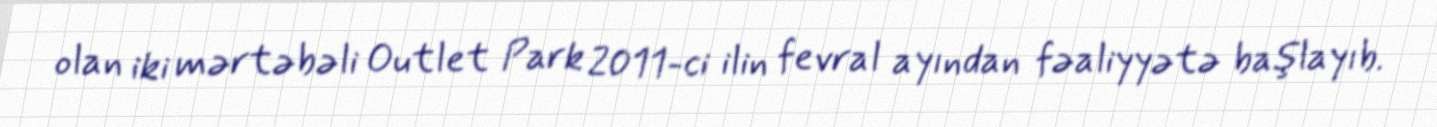
olan iki mərtəbəli Outlet Park 2011-ci ilin fevral ayından fəaliyyətə başlayıb.